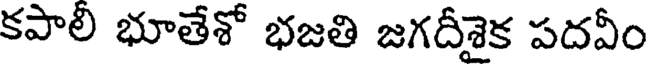
కపాలీ భూతేశో భజతి జగదీశైక పదవీం